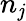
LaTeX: n_{\mathit{j}}